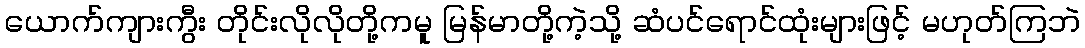
ယောက်ကျားကွီး တိုင်းလိုလိုတို့ကမူ မြန်မာတို့ကဲ့သို့ ဆံပင်ရောင်ထုံးများဖြင့် မဟုတ်ကြဘဲ